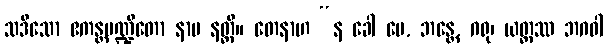
သဒိသော ဧကန္တပဏ္ဍိတော နာမ နတ္ထိ။ တေနာဟ “န ခေါ မေ, ဘန္တေ, ဂရု၊ ယတ္ထဿ ဘဂဝါ